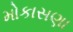
મોકાસણા